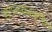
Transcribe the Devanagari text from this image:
खगोलशास्त्रांतील